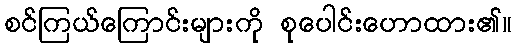
စင်ကြယ်ကြောင်းများကို စုပေါင်းဟောထား၏။